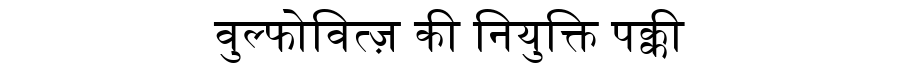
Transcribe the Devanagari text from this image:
वुल्फोवित्ज़ की नियुक्ति पक्की